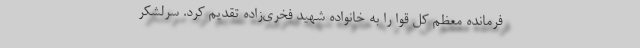
فرمانده معظم کل قوا را به خانواده شهید فخری‌زاده تقدیم کرد. سرلشکر